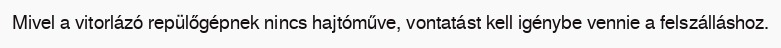
Mivel a vitorlázó repülőgépnek nincs hajtóműve, vontatást kell igénybe vennie a felszálláshoz.